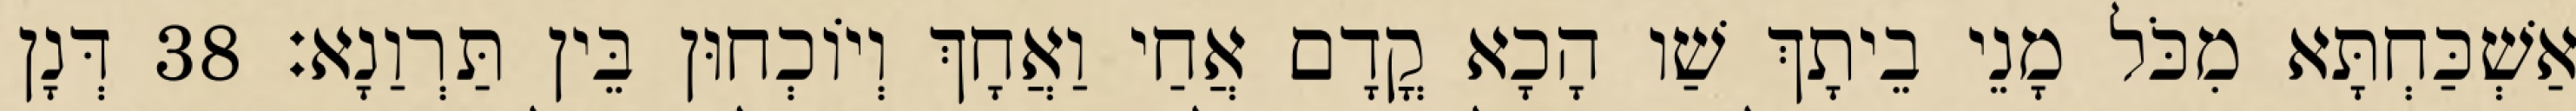
אַשְׁכַּחְתָּא מִכֹּל מָנֵי בֵיתָךְ שַׁו הָכָא קֳדָם אֲחַי וַאֲחָךְ וְיוֹכְחוּן בֵּין תַּרְוַנָא׃ 38 דְּנָן